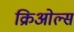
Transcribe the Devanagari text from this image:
क्रिओल्स